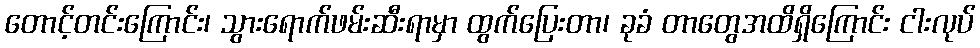
တောင့်တင်းကြောင်း၊ သွားရောက်ဖမ်းဆီးရာမှာ ထွက်ပြေးတာ၊ ခုခံ တာတွေအထိရှိကြောင်း ငါးလုပ်